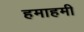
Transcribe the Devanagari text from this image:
हमाहमी